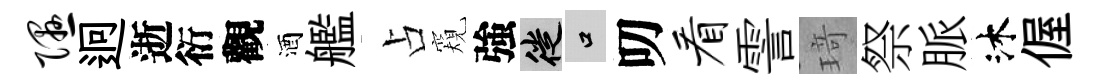
隰迥逝衍觀酒艦占窺強徙口叨看霅𤦺祭脈沐偓